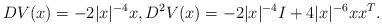
LaTeX: \begin{align*} D V(x)= -2|x|^{-4} x, D^2 V(x)=-2 |x|^{-4}I +4 |x|^{ -6} x x^{T}.\end{align*}